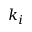
k _ { i }